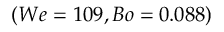
( W e = 1 0 9 , B o = 0 . 0 8 8 )